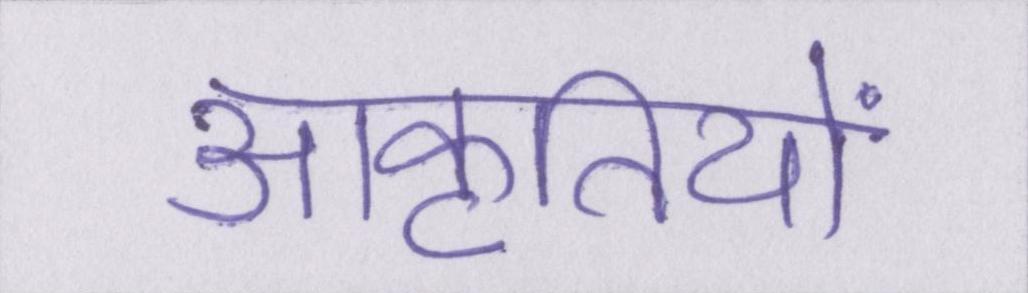
आकृतियों